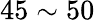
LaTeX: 45\sim 50